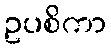
ဥပစိကာ